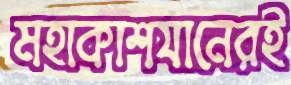
মহাকাশযানেরই